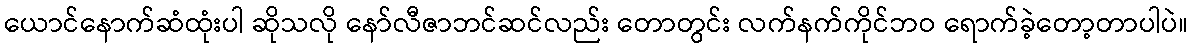
ယောင်နောက်ဆံထုံးပါ ဆိုသလို နော်လီဇာဘင်ဆင်လည်း တောတွင်း လက်နက်ကိုင်ဘဝ ရောက်ခဲ့တော့တာပါပဲ။